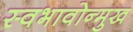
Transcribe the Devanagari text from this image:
स्वभावोन्मुख